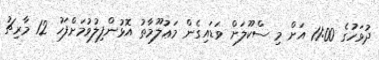
ދުވަހުގެ 11:00 އަށް މި ސްކޫލަށް ވަޑައިގެން މަޢުލޫމާތު އޮޅުންފިލުވުމަށްފަހު 12 މާރިޗު